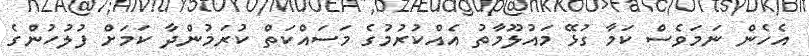
އެހެން ނަމަވެސް ކަމާ ގުޅޭ މައުލޫމާތު އެއްކުރުމުގެ މަސައްކަތް ކުރަމުންދާ ކަމަށް ފުލުހުންގެ